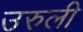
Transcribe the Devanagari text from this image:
उरुली